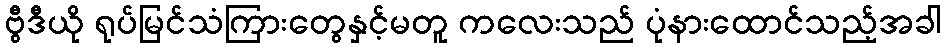
ဗွီဒီယို ရုပ်မြင်သံကြားတွေနှင့်မတူ ကလေးသည် ပုံနားထောင်သည့်အခါ